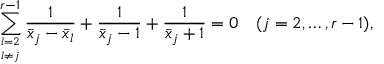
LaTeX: \sum _ { l = 2 \atop l \ne j } ^ { r - 1 } { \frac { 1 } { \bar { x } _ { j } - \bar { x } _ { l } } } + { \frac { 1 } { \bar { x } _ { j } - 1 } } + { \frac { 1 } { \bar { x } _ { j } + 1 } } = 0 \quad ( j = 2 , \ldots , r - 1 ) ,